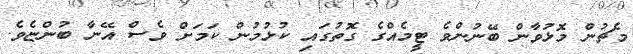
މެޗުން މޮޅުވާން ބޭނުންވެ ޓީމެއްގެ ގޮތުގައި ކުޅުމުން ކަމަށް ވެސް އޭނާ ބުންޏެވެ.